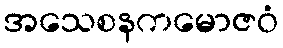
အသေစနကမောဇဝံ